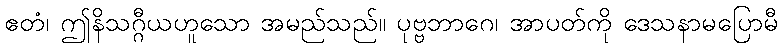
ဧတံ၊ ဤနိသဂ္ဂီယဟူသော အမည်သည်။ ပုဗ္ဗဘာဂေ၊ အာပတ်ကို ဒေသနာမပြောမီ